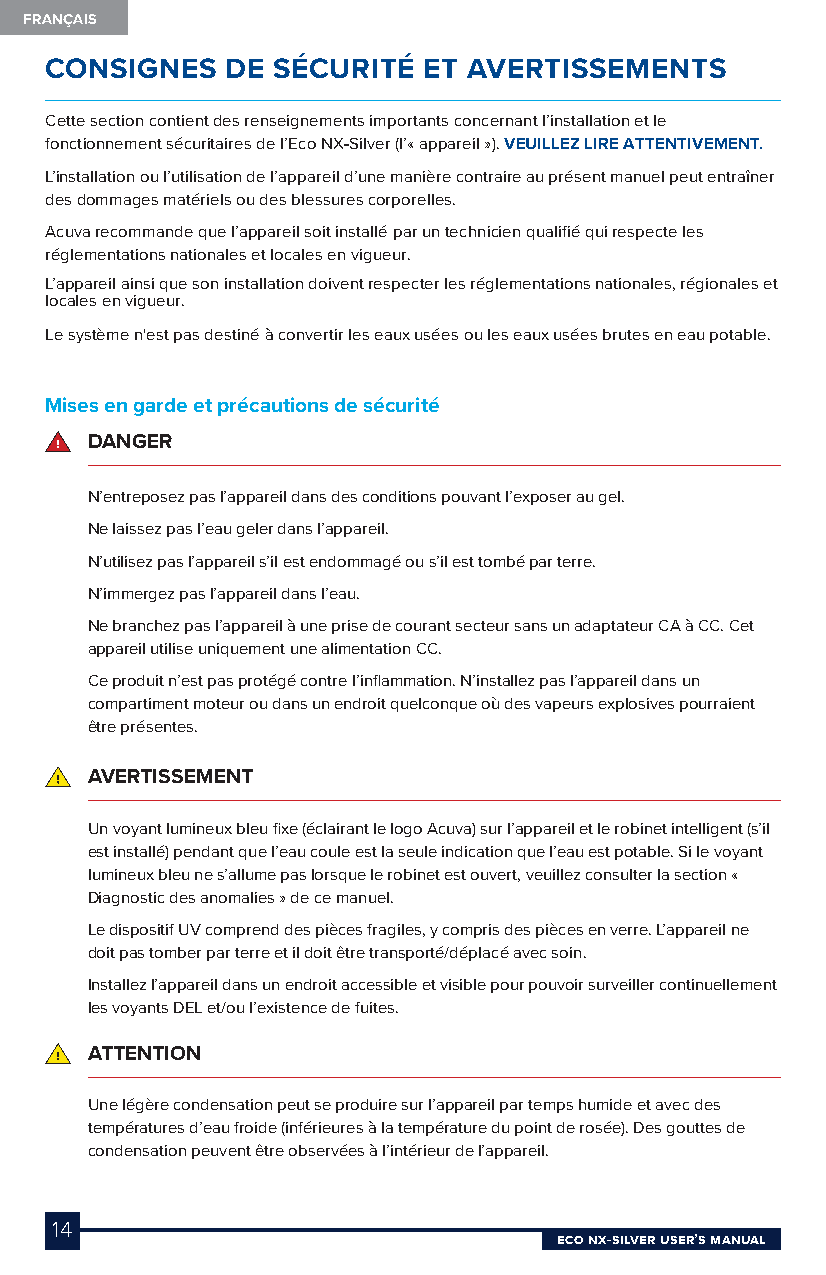
FRANÇAIS
 CONSIGNES   DE SÉCURITÉ  ET AVERTISSEMENTS
 Cette section contient des renseignements importants concernant l’installation et le
 fonctionnement sécuritaires de l’Eco NX-Silver (l’« appareil »). VEUILLEZ LIRE ATTENTIVEMENT.
 L’installation ou l’utilisation de l’appareil d’une manière contraire au présent manuel peut entraîner
 des dommages matériels ou des blessures corporelles.
 Acuva recommande que l’appareil soit installé par un technicien qualifié qui respecte les
 réglementations nationales et locales en vigueur.
 L’appareil ainsi que son installation doivent respecter les réglementations nationales, régionales et
 locales en vigueur.
 Le système n'est pas destiné à convertir les eaux usées ou les eaux usées brutes en eau potable.
 Mises en garde et précautions de sécurité
 DANGER
 N’entreposez pas l’appareil dans des conditions pouvant l’exposer au gel.
 Ne laissez pas l’eau geler dans l’appareil.
 N’utilisez pas l’appareil s’il est endommagé ou s’il est tombé par terre.
 N’immergez pas l’appareil dans l’eau.
 Ne branchez pas l’appareil à une prise de courant secteur sans un adaptateur CA à CC. Cet
 appareil utilise uniquement une alimentation CC.
 Ce produit n’est pas protégé contre l’inflammation. N’installez pas l’appareil dans un
 compartiment moteur ou dans un endroit quelconque où des vapeurs explosives pourraient
 être présentes.
 AVERTISSEMENT
 Un voyant lumineux bleu fixe (éclairant le logo Acuva) sur l’appareil et le robinet intelligent (s’il
 est installé) pendant que l’eau coule est la seule indication que l’eau est potable. Si le voyant
 lumineux bleu ne s’allume pas lorsque le robinet est ouvert, veuillez consulter la section «
 Diagnostic des anomalies » de ce manuel.
 Le dispositif UV comprend des pièces fragiles, y compris des pièces en verre. L’appareil ne
 doit pas tomber par terre et il doit être transporté/déplacé avec soin.
 Installez l’appareil dans un endroit accessible et visible pour pouvoir surveiller continuellement
 les voyants DEL et/ou l’existence de fuites.
 ATTENTION
 Une légère condensation peut se produire sur l’appareil par temps humide et avec des
 températures d’eau froide (inférieures à la température du point de rosée). Des gouttes de
 condensation peuvent être observées à l’intérieur de l’appareil.
 14
 Eco NX-SilvEr USEr’S MaNUal